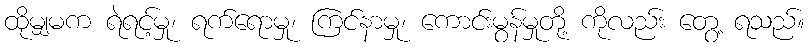
ထိုမျှမက ရဲရင့်မှု၊ ရက်ရောမှု၊ ကြင်နာမှု၊ ကောင်းမွန်မှုတို့ ကိုလည်း တွေ့ ရသည်။